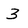
Character: 3